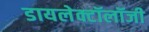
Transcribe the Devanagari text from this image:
डायलेक्टॉलॉजी